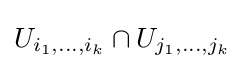
U_{i_{1},\dots ,i_{k}}\cap U_{j_{1},\dots ,j_{k}}